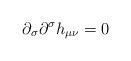
LaTeX: \begin{align*}\partial _{\sigma }\partial ^{\sigma }h_{\mu \nu }=0 \end{align*}